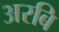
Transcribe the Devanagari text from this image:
अरबि